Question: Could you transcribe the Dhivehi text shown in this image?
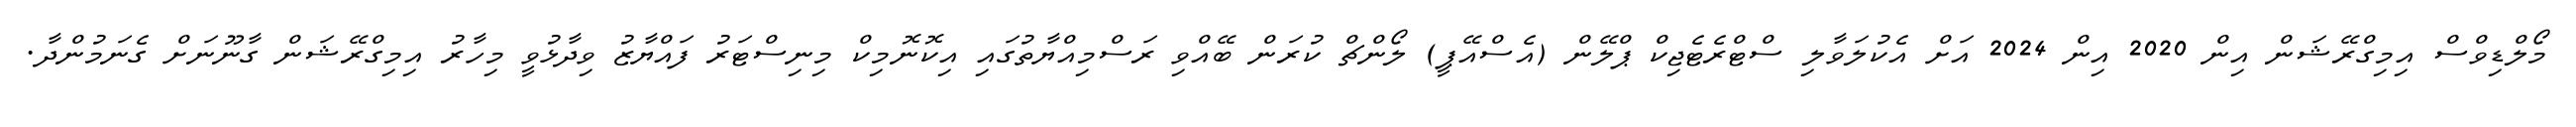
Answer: މޯލްޑިވްސް އިމިގްރޭޝަން އިން 2020 އިން 2024 އަށް އެކުލަވާލި ސްޓްރެޓެޖިކް ޕްލޭން (އެސްއޭޕީ) ލޯންޗް ކުރަން ބޭއްވި ރަސްމިއްޔާތުގައި އިކޮނޮމިކް މިނިސްޓަރު ފައްޔާޒު ވިދާޅުވީ މިހާރު އިމިގްރޭޝަން ގާނޫނަށް ގެނަމުންދާ.